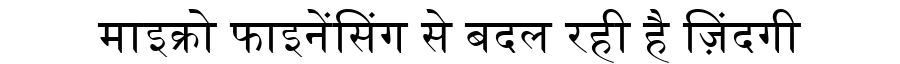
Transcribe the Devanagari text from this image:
माइक्रो फाइनेंसिंग से बदल रही है ज़िंदगी